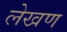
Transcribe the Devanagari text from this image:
लेखण